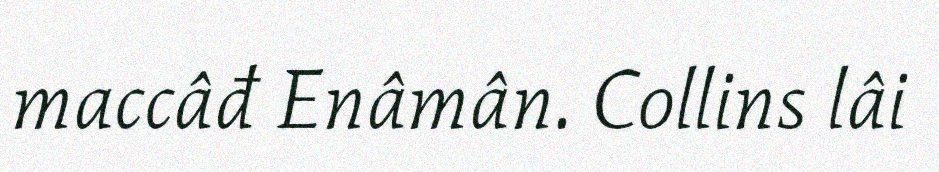
maccâđ Enâmân. Collins lâi